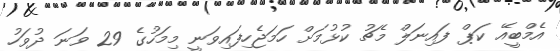
އެމްބީއޭ ކަޕް ފައިނަލް މެޗު ކުޅުމަށް ހަމަޖެހިފައިވަނީ މިމަހުގެ 29 ވަނަ ދުވަހު